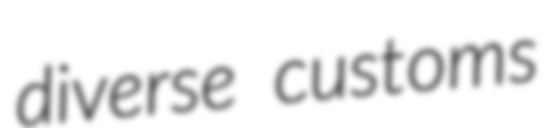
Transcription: diverse customs